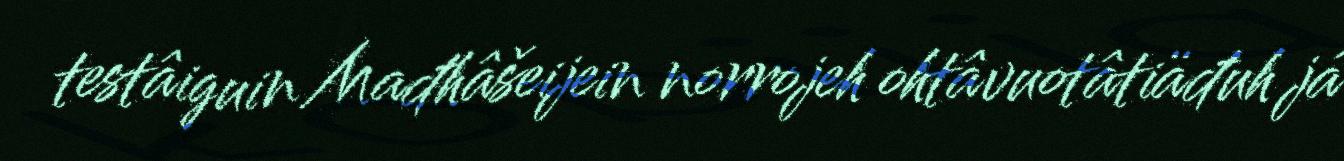
testâiguin Mađhâšeijein norrojeh ohtâvuotâtiäđuh já